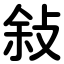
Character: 敍